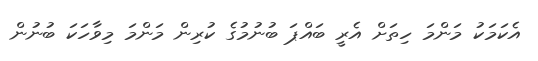
އެކަމަކު މަންމަ ހިތަށް އެރީ ބައްޕަ ބުނުމުގެ ކުރިން މަންމަ މިވާހަކަ ބުނުން